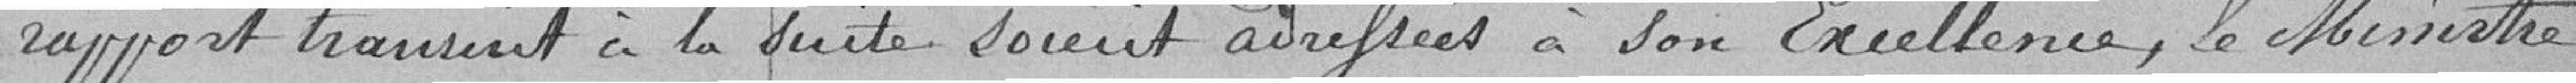
rapport transmis à la suite soient adressées à son Excellence, le Ministre